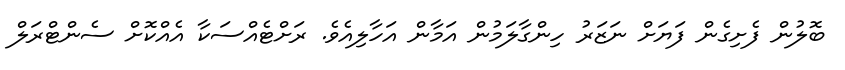
ބޮލުން ފެށިގެން ފަޔަށް ނަޒަރު ހިންގާލަމުން އަމާން އަހާލިއެވެ. ރަށްޓެއްސަކާ އެއްކޮށް ސެންޓްރަލް